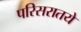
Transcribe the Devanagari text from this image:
परिसरातये